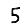
Digit: 5